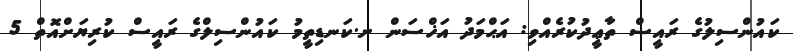
ކައުންސިލުގެ ރައީސް ތާޢީދުކުރެއްވި: އަޙްމަދު އަޚްސަން ށ.ކަނޑިތީމު ކައުންސިލްގެ ރައީސް ކުރިޔަށްއޮތް 5